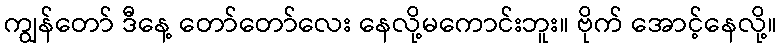
ကျွန်တော် ဒီနေ့ တော်တော်လေး နေလို့မကောင်းဘူး။ ဗိုက် အောင့်နေလို့။